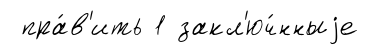
пра́в'ить 1 закл'юч́нныjе